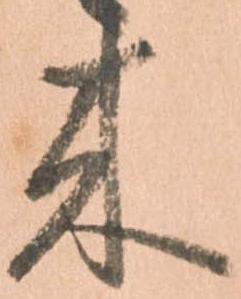
来